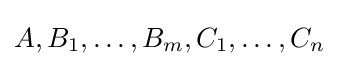
A,B_{1},\dots ,B_{m},C_{1},\dots ,C_{n}